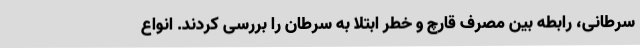
سرطانی، رابطه بین مصرف قارچ و خطر ابتلا به سرطان را بررسی کردند. انواع